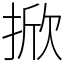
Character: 掀